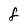
Character: F